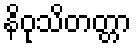
နိဝုသိတတ္တာ